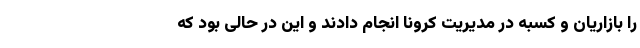
را بازاریان و کسبه در مدیریت کرونا انجام دادند و این در حالی بود که